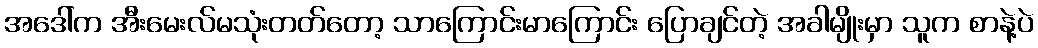
အဒေါ်က အီးမေးလ်မသုံးတတ်တော့ သာကြောင်းမာကြောင်း ပြောချင်တဲ့ အခါမျိုးမှာ သူက စာနဲ့ပဲ